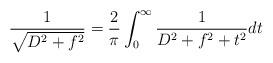
LaTeX: \begin{align*}\frac{1}{\sqrt{D^2+f^2}} = \frac{2}{\pi} \int_0^{\infty} \frac{1}{D^2+f^2+t^2} dt\end{align*}